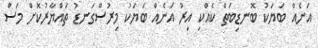
އަނެއް ބަޔަކު ބޮނޑިބަތް ކެއްކި އިރު އަނެއް ބަޔަކު މިރުސްގަނޑު ތައްޔާރުކޮށް މަސް